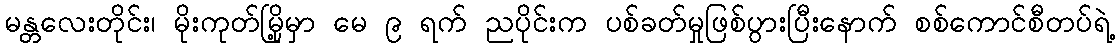
မန္တလေးတိုင်း၊ မိုးကုတ်မြို့မှာ မေ ၉ ရက် ညပိုင်းက ပစ်ခတ်မှုဖြစ်ပွားပြီးနောက် စစ်ကောင်စီတပ်ရဲ့